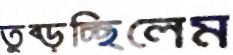
তুব্‌ড়চ্ছিলেম